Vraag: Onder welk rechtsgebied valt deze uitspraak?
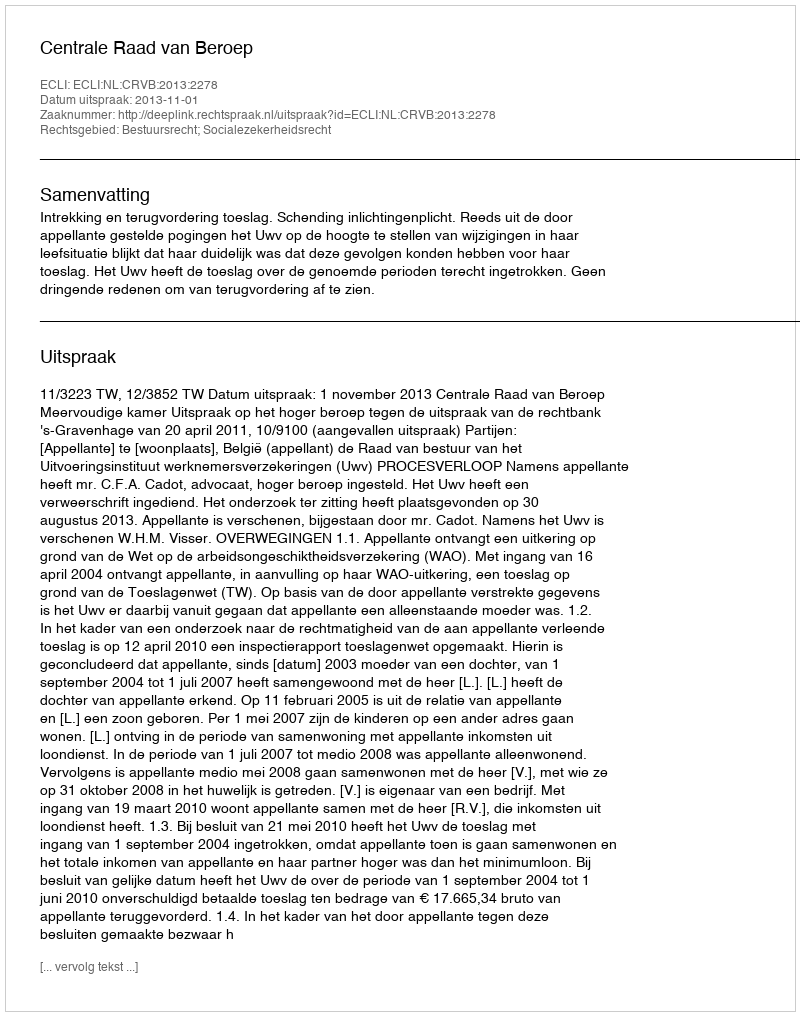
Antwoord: Bestuursrecht; Socialezekerheidsrecht